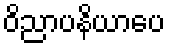
ဝိညာပနိယာပေ